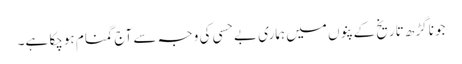
جونا گڑھ تاریخ کے پنوں میں ہماری بے حسی کی وجہ سے آج گمنام ہوچکا ہے۔